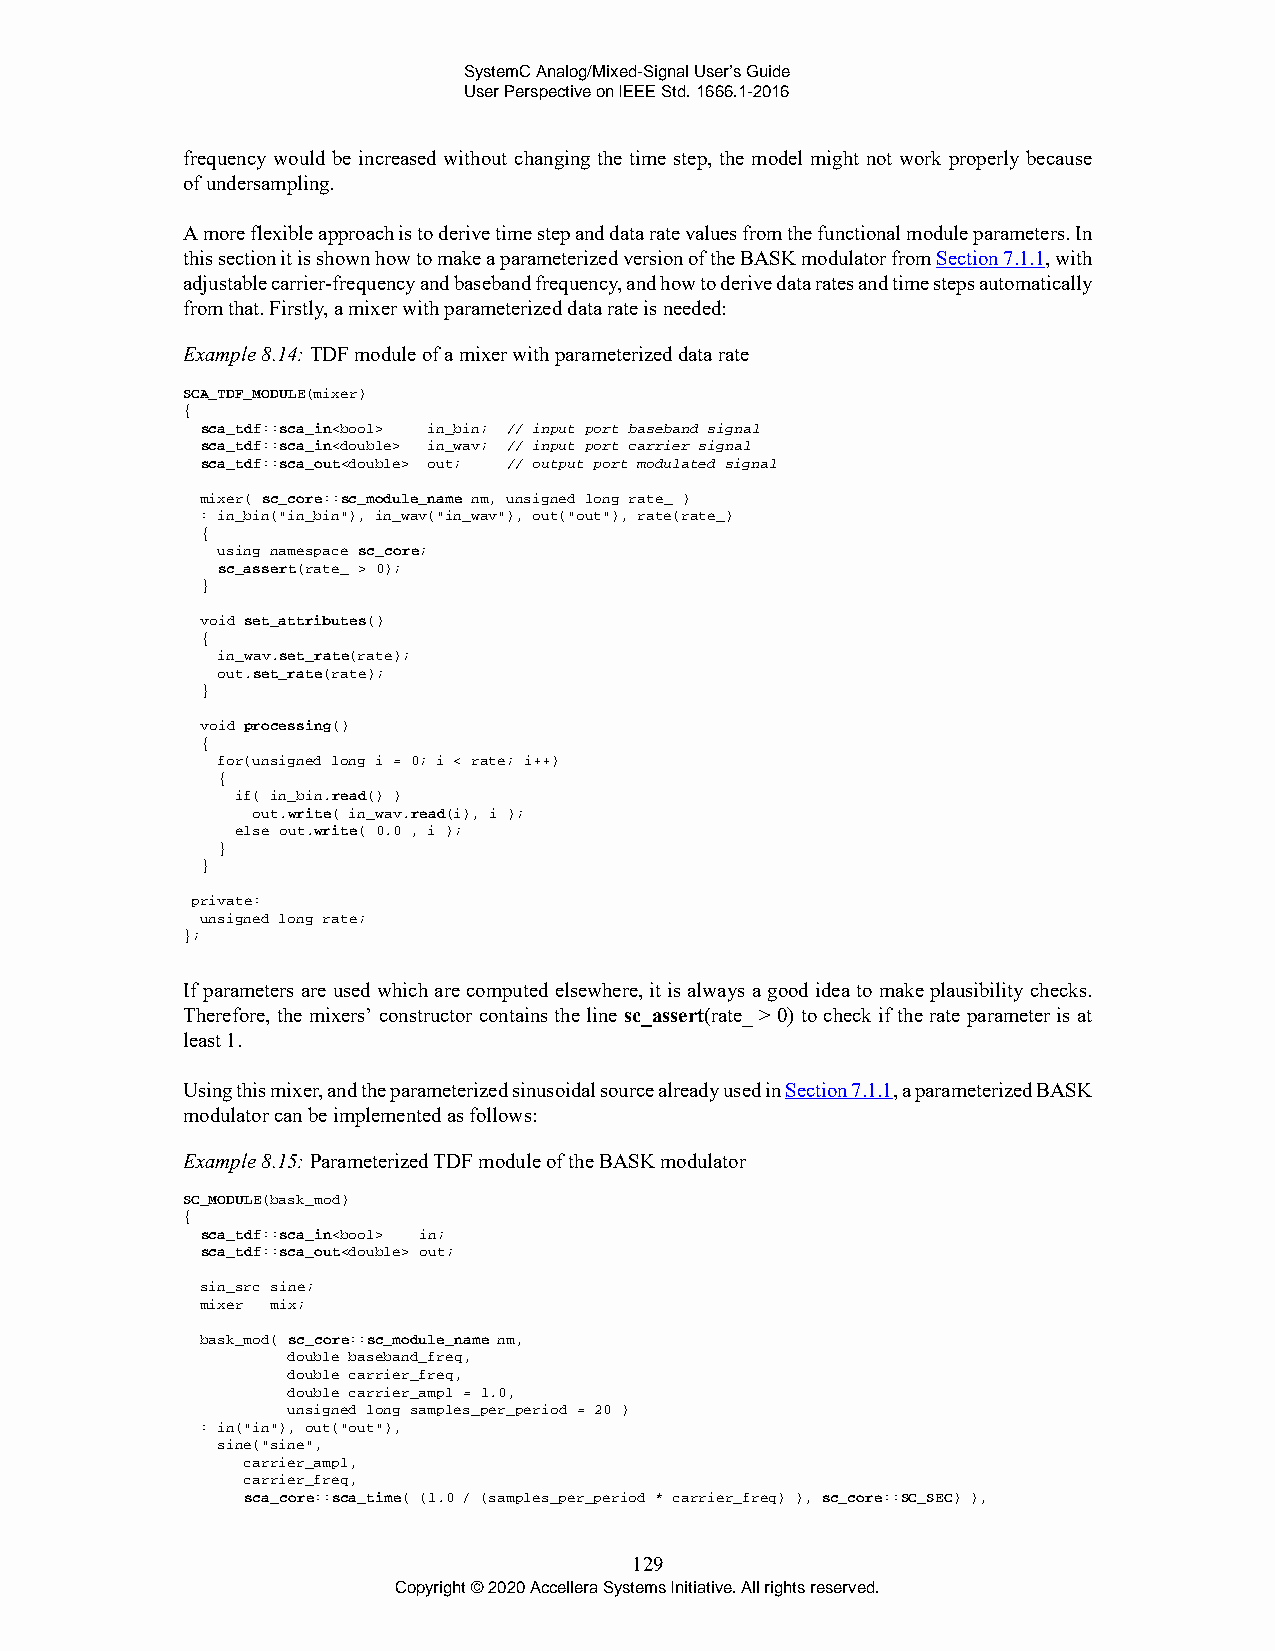
SystemC Analog/Mixed-Signal User’s Guide
 User Perspective on IEEE Std. 1666.1-2016
 frequency would be increased without changing the time step, the model might not work properly because
 of undersampling.
 A more flexible approach is to derive time step and data rate values from the functional module parameters. In
 this section it is shown how to make a parameterized version of the BASK modulator from Section 7.1.1, with
 adjustable carrier-frequency and baseband frequency, and how to derive data rates and time steps automatically
 from that. Firstly, a mixer with parameterized data rate is needed:
 Example 8.14: TDF module of a mixer with parameterized data rate
 SCA_TDF_MODULE(mixer)
 {
 sca_tdf::sca_in<bool> in_bin; // input port baseband signal
 sca_tdf::sca_in<double> in_wav; // input port carrier signal
 sca_tdf::sca_out<double> out; // output port modulated signal
 mixer( sc_core::sc_module_name nm, unsigned long rate_ )
 : in_bin("in_bin"), in_wav("in_wav"), out("out"), rate(rate_)
 {
 using namespace sc_core;
 sc_assert(rate_ > 0);
 }
 void set_attributes()
 {
 in_wav.set_rate(rate);
 out.set_rate(rate);
 }
 void processing()
 {
 for(unsigned long i = 0; i < rate; i++)
 {
 if( in_bin.read() )
 out.write( in_wav.read(i), i );
 else out.write( 0.0 , i );
 }
 }
 private:
 unsigned long rate;
 };
 If parameters are used which are computed elsewhere, it is always a good idea to make plausibility checks.
 Therefore, the mixers’ constructor contains the line sc_assert(rate_ > 0) to check if the rate parameter is at
 least 1.
 Using this mixer, and the parameterized sinusoidal source already used in Section 7.1.1, a parameterized BASK
 modulator can be implemented as follows:
 Example 8.15: Parameterized TDF module of the BASK modulator
 SC_MODULE(bask_mod)
 {
 sca_tdf::sca_in<bool> in;
 sca_tdf::sca_out<double> out;
 sin_src sine;
 mixer mix;
 bask_mod( sc_core::sc_module_name nm,
 double baseband_freq,
 double carrier_freq,
 double carrier_ampl = 1.0,
 unsigned long samples_per_period = 20 )
 : in("in"), out("out"),
 sine("sine",
 carrier_ampl,
 carrier_freq,
 sca_core::sca_time( (1.0 / (samples_per_period * carrier_freq) ), sc_core::SC_SEC) ),
 129
 Copyright © 2020 Accellera Systems Initiative. All rights reserved.